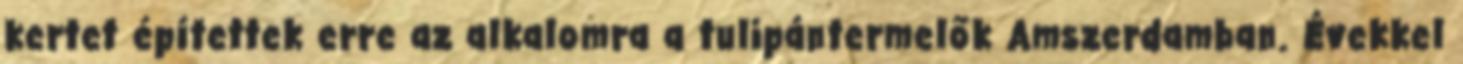
kertet építettek erre az alkalomra a tulipántermelők Amszerdamban. Évekkel